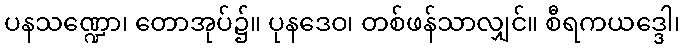
ပနသဏ္ဍော၊ တောအုပ်၌။ ပုနဒေဝ၊ တစ်ဖန်သာလျှင်။ စီရကယဒ္ဒေါ၊